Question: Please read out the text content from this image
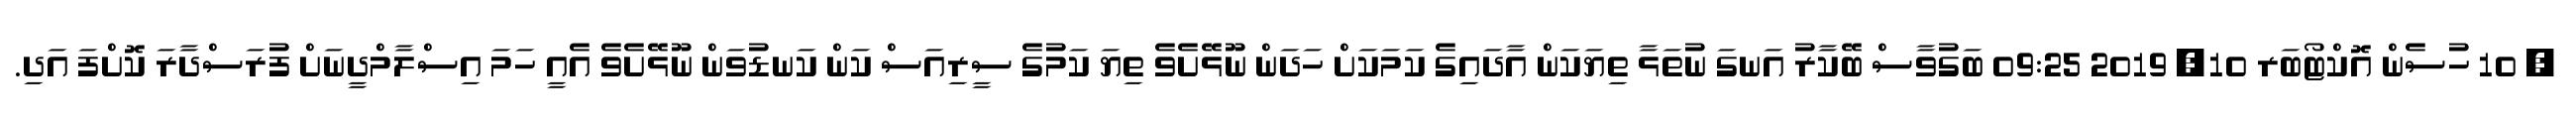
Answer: ? 10 ހުސެން އޮކްޓޯބަރ 10, 2019 09:25 ބަގުވާސް ބޭކާރު އަނގަ ނުތަޅާ ތިޔަކަން އާދައިގެ ކަމަކަށް ހަދަން ނޫޅޭށެވެ ތިޔަ ކަމުގެ ސީރިއަސް ކަން ކަނޑުވަން ނޫޅޭށެވެ އެއީ ހަމަ އިސްލާމްދީނަށް ފުރަސްދާރަ ކޮށްފަ އަދި.